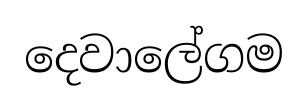
දෙවාලේගම